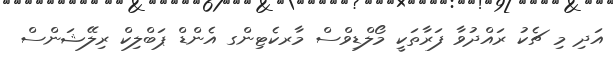
އަދި މި ޗެކު ރައްދުވާ ފަރާތަކީ މޯލްޑިވްސް މާރކެޓިންގ އެންޑް ޕަބްލިކް ރިލޭޝަންސް